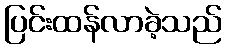
ပြင်းထန်လာခဲ့သည်